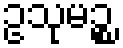
ဥသုမဉ္စ